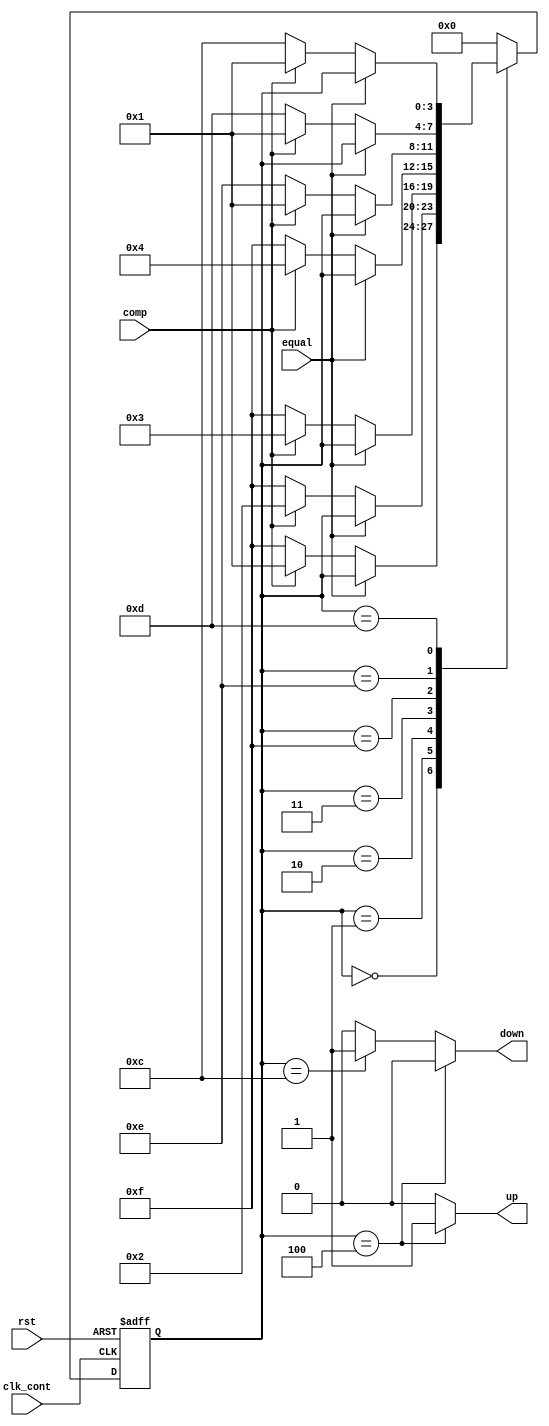
module fsm(
	input wire comp,
	input wire equal, 
	input wire clk_cont,
	input wire rst,
	output reg up,
	output reg down);

reg [3:0] state, state_next;

always @(posedge clk_cont or posedge rst) begin
	if(rst) begin
		state <= 4'b0000;
	end
	else begin
		state <= state_next;
	end
end

always @(*) begin
	case(state)
		4'b0000: begin
			if (equal == 1'b1) begin
				state_next=state;
			end else if (comp == 1'b1) begin
				state_next=4'b0001;
			end else begin
				state_next=4'b1111;
			end
		end
		4'b0001: begin
			if (equal == 1'b1) begin
				state_next=state;
			end else if (comp == 1'b1) begin
				state_next=4'b0010;
			end else begin
				state_next=4'b1111;
			end
		end
		4'b0010: begin
			if (equal == 1'b1) begin
				state_next=state;
			end else if (comp == 1'b1) begin
				state_next=4'b0011;
			end else begin
				state_next=4'b1111;
			end
		end
		4'b0011: begin
			if (equal == 1'b1) begin
				state_next=state;
			end else if (comp == 1'b1) begin
				state_next=4'b0100;
			end else begin
				state_next=4'b1111;
			end
		end
		4'b1111: begin
			if (equal == 1'b1) begin
				state_next=state;
			end else if (comp == 1'b1) begin
				state_next=4'b0001;
			end else begin
				state_next=4'b1110;
			end
		end
		4'b1110: begin
			if (equal == 1'b1) begin
				state_next=state;
			end else if (comp == 1'b1) begin
				state_next=4'b0001;
			end else begin
				state_next=4'b1101;
			end
		end
		4'b1101: begin
			if (equal == 1'b1) begin
				state_next=state;
			end else if (comp == 1'b1) begin
				state_next=4'b0001;
			end else begin
				state_next=4'b1100;
			end
		end
		
		default: state_next=4'b0000;
	endcase
end
	
always @ (*) begin
	if (state==4'b0100) begin
		up=1'b1;
		down=1'b0;
	end else if (state==4'b1100) begin
		up=1'b0;
		down=1'b1;
	end else begin
		up=1'b0;
		down=1'b0;
	end
end

endmodule